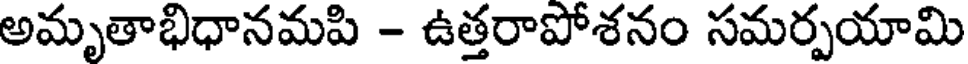
అమృతాభిధానమపి - ఉత్తరాపోశనం సమర్పయామి